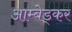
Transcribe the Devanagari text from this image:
आम्बेड्कर